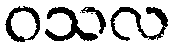
ဝသလ